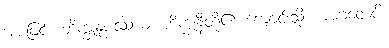
အားဖြင့်။ ဘိက္ခုနုပဿယံ၊ ဘိက္ခုနီတို့၏ ကျောင်းသို့။ အာဂတေပိ၊